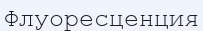
Флуоресценция